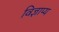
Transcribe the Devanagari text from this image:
विज्ञाप्य